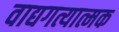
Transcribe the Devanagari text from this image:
वाद्यगत्यात्मक